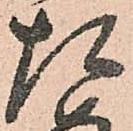
た